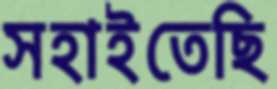
সহাইতেছি